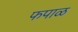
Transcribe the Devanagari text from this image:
फपाळ